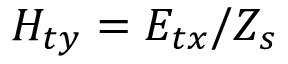
H _ { t y } = E _ { t x } / Z _ { s }